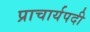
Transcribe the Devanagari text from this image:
प्राचार्यपदी